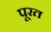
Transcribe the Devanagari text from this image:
पूरत